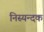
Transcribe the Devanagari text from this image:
निस्यन्दक